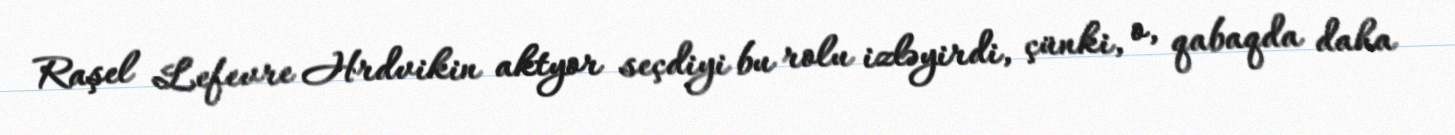
Raşel Lefevre Hrdvikin aktyor seçdiyi bu rolu izləyirdi, çünki, o, qabaqda daha